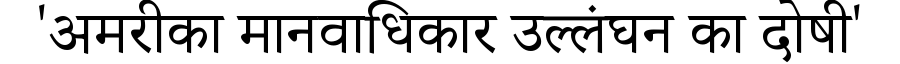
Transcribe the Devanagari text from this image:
'अमरीका मानवाधिकार उल्लंघन का दोषी'